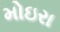
મોઇરા